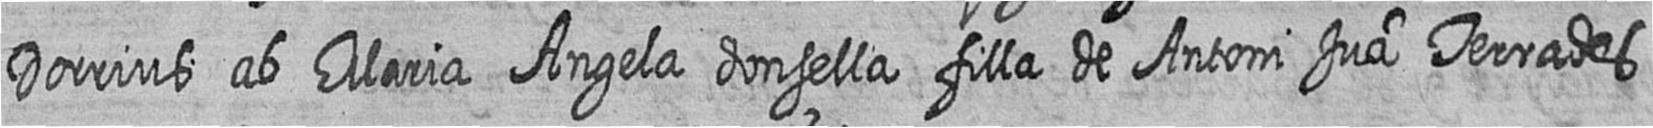
Dorrius ab Maria Angela donsella filla de Antoni Jua Terrades